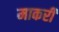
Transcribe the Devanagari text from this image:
माकरी